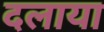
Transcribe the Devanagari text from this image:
दलाया